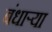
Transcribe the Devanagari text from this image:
बंधाऱ्या